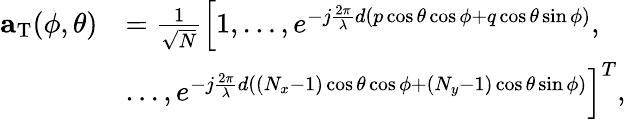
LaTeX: \begin{array}{rl}{\textbf{a}_{\mathrm{T}}(\phi,\theta)}&{=\frac{1}{\sqrt{N}}\left[1,\dots,e^{-j\frac{2\pi}{\lambda}d\left(p\cos{\theta}\cos{\phi}+q\cos{\theta}\sin{\phi}\right)},\right.}\\ &{\left.\dots,e^{-j\frac{2\pi}{\lambda}d\left(\left(N_{x}-1\right)\cos{\theta}\cos{\phi}+\left(N_{y}-1\right)\cos{\theta}\sin{\phi}\right)}\right]^{T},}\end{array}